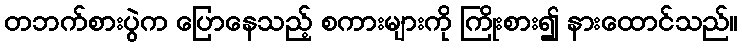
တဘက်စားပွဲက ပြောနေသည့် စကားများကို ကြိုးစား၍ နားထောင်သည်။